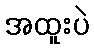
အထူးပဲ